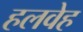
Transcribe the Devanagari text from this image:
हलवेह